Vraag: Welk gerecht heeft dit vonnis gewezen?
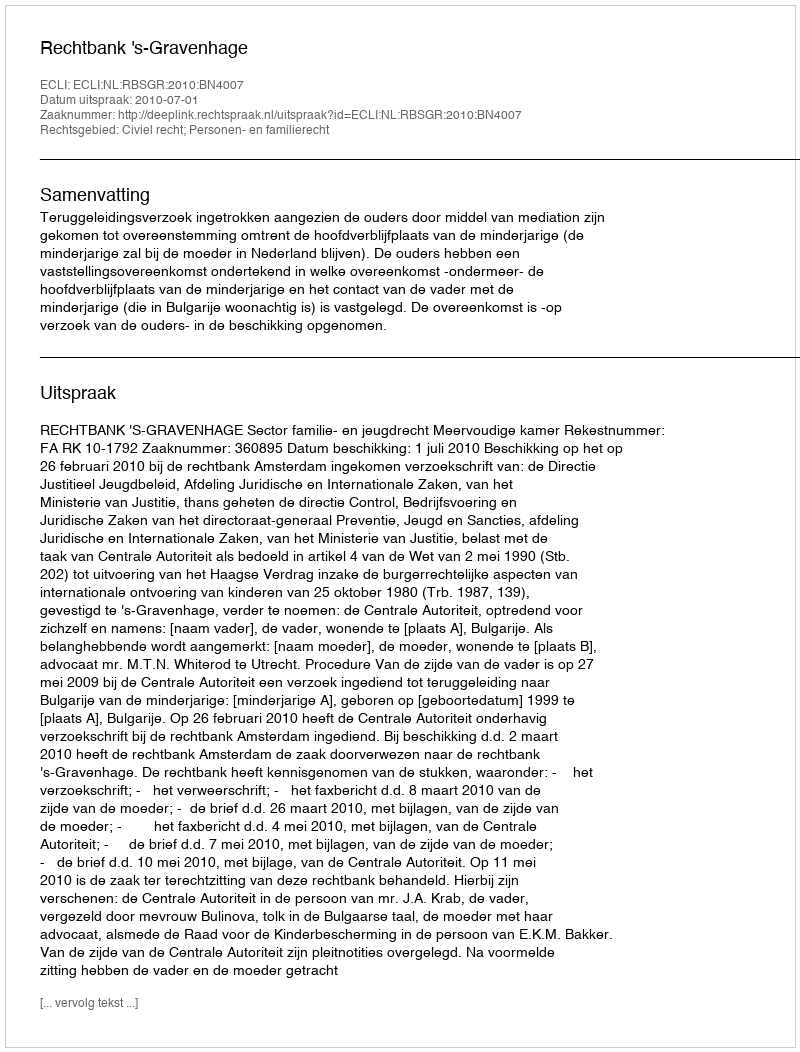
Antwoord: Rechtbank 's-Gravenhage